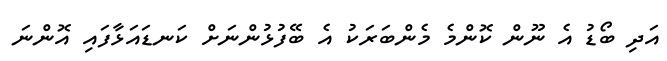
އަދި ބޯޑު އެ ނޫން ކޮންމެ މެންބަރަކު އެ ބޭފުޅުންނަށް ކަނޑައަޅާފައި އޮންނަ